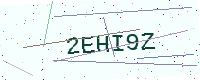
Text: 2EHI9Z